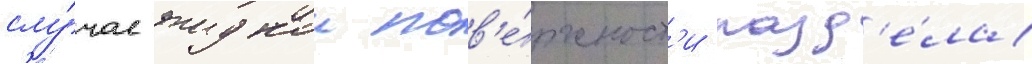
слу́чае жидкои пов'е́рхност'и разд'е́ла